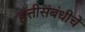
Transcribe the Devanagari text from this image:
हत्तीसंबंधीचे